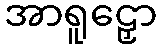
အာရူဠှော